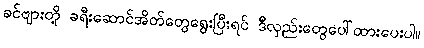
ခင်ဗျားတို့ ခရီးဆောင်အိတ်တွေရွေးပြီးရင် ဒီလှည်းတွေပေါ်ထားပေးပါ။